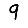
Digit: 9